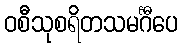
ဝစီသုစရိတသမင်္ဂီပေ